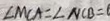
\angle M C A = \angle N C B = 0